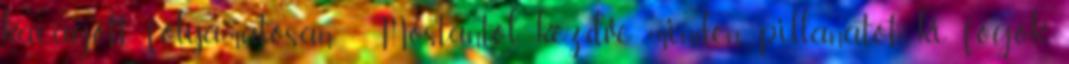
kacagott folyamatosan. - Mostantól kezdve minden pillanatot ki fogok